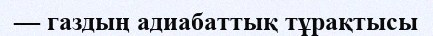
— газдың адиабаттық тұрақтысы